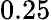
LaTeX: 0.25